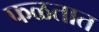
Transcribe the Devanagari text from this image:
फळतात